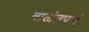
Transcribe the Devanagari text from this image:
बाळंतपणं